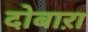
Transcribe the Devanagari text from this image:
दोबाऱा